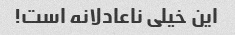
این خیلی ناعادلانه است!